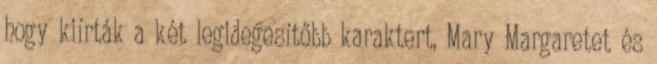
hogy kiírták a két legidegesítőbb karaktert, Mary Margaretet és